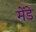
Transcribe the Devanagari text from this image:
मेंडे